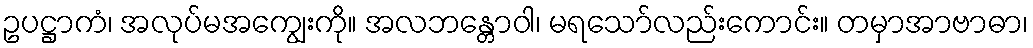
ဥပဋ္ဌာကံ၊ အလုပ်မအကျွေးကို။ အလဘန္တောဝါ၊ မရသော်လည်းကောင်း။ တမှာအာဗာဓာ၊